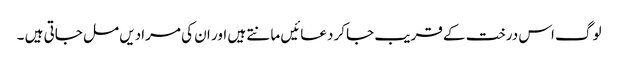
لوگ اس درخت کے قریب جاکر دعائیں مانتے ہیں اور ان کی مرادیں مل جاتی ہیں ۔